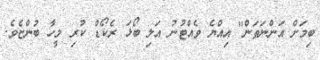
ބިމަށް އަންނަތަން" އިއްޔެ ވެެއްޓުނު އަލި ބޯޅަ ރެކޯޑް ކުރި މީހާ ބުންޏެވެ.